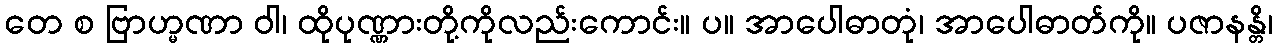
တေ စ ဗြာဟ္မဏာ ဝါ၊ ထိုပုဏ္ဏားတို့ကိုလည်းကောင်း။ ပ။ အာပေါဓာတုံ၊ အာပေါဓာတ်ကို။ ပဇာနန္တိ၊